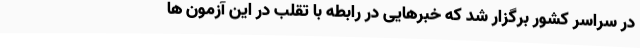
در سراسر کشور برگزار شد که خبرهایی در رابطه با تقلب در این آزمون ها